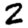
Digit: 2